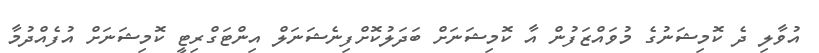
އުވާލި ދެ ކޮމިޝަނުގެ މުވައްޒަފުން އާ ކޮމިޝަނަށް ބަދަލުކޮށްފިނެޝަނަލް އިންޓަގްރިޓީ ކޮމިޝަނަށް އުފެއްދުމާ